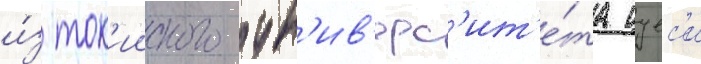
и́з ток'ииского ун'ив'ерс'ит'е́та цуес'и